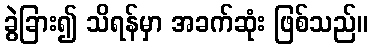
ခွဲခြား၍ သိရန်မှာ အခက်ဆုံး ဖြစ်သည်။